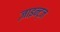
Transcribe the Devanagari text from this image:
ज़ाइन्ट्ज